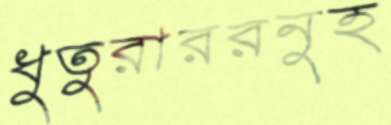
ধুতুরাররনুহ